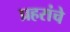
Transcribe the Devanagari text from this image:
प्रहरांचे